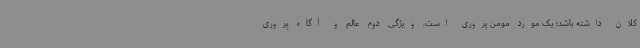
کلان داشته باشد؛ یک مورد مومن پروری است. ویژگی دوم عالم و آگاه پروری